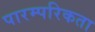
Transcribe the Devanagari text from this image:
पारम्परिकता